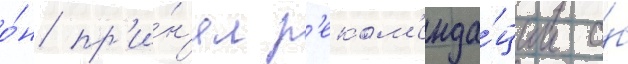
о́н пр'и́н'ял р'еком'енда́ции о́б